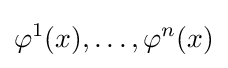
\varphi ^{1}(x),\ldots ,\varphi ^{n}(x)